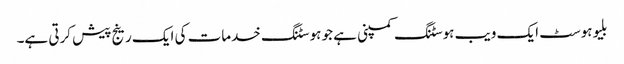
بلیوہوسٹ ایک ویب ہوسٹنگ کمپنی ہے جو ہوسٹنگ خدمات کی ایک رینج پیش کرتی ہے۔